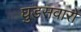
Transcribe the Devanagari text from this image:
घुडसवारों